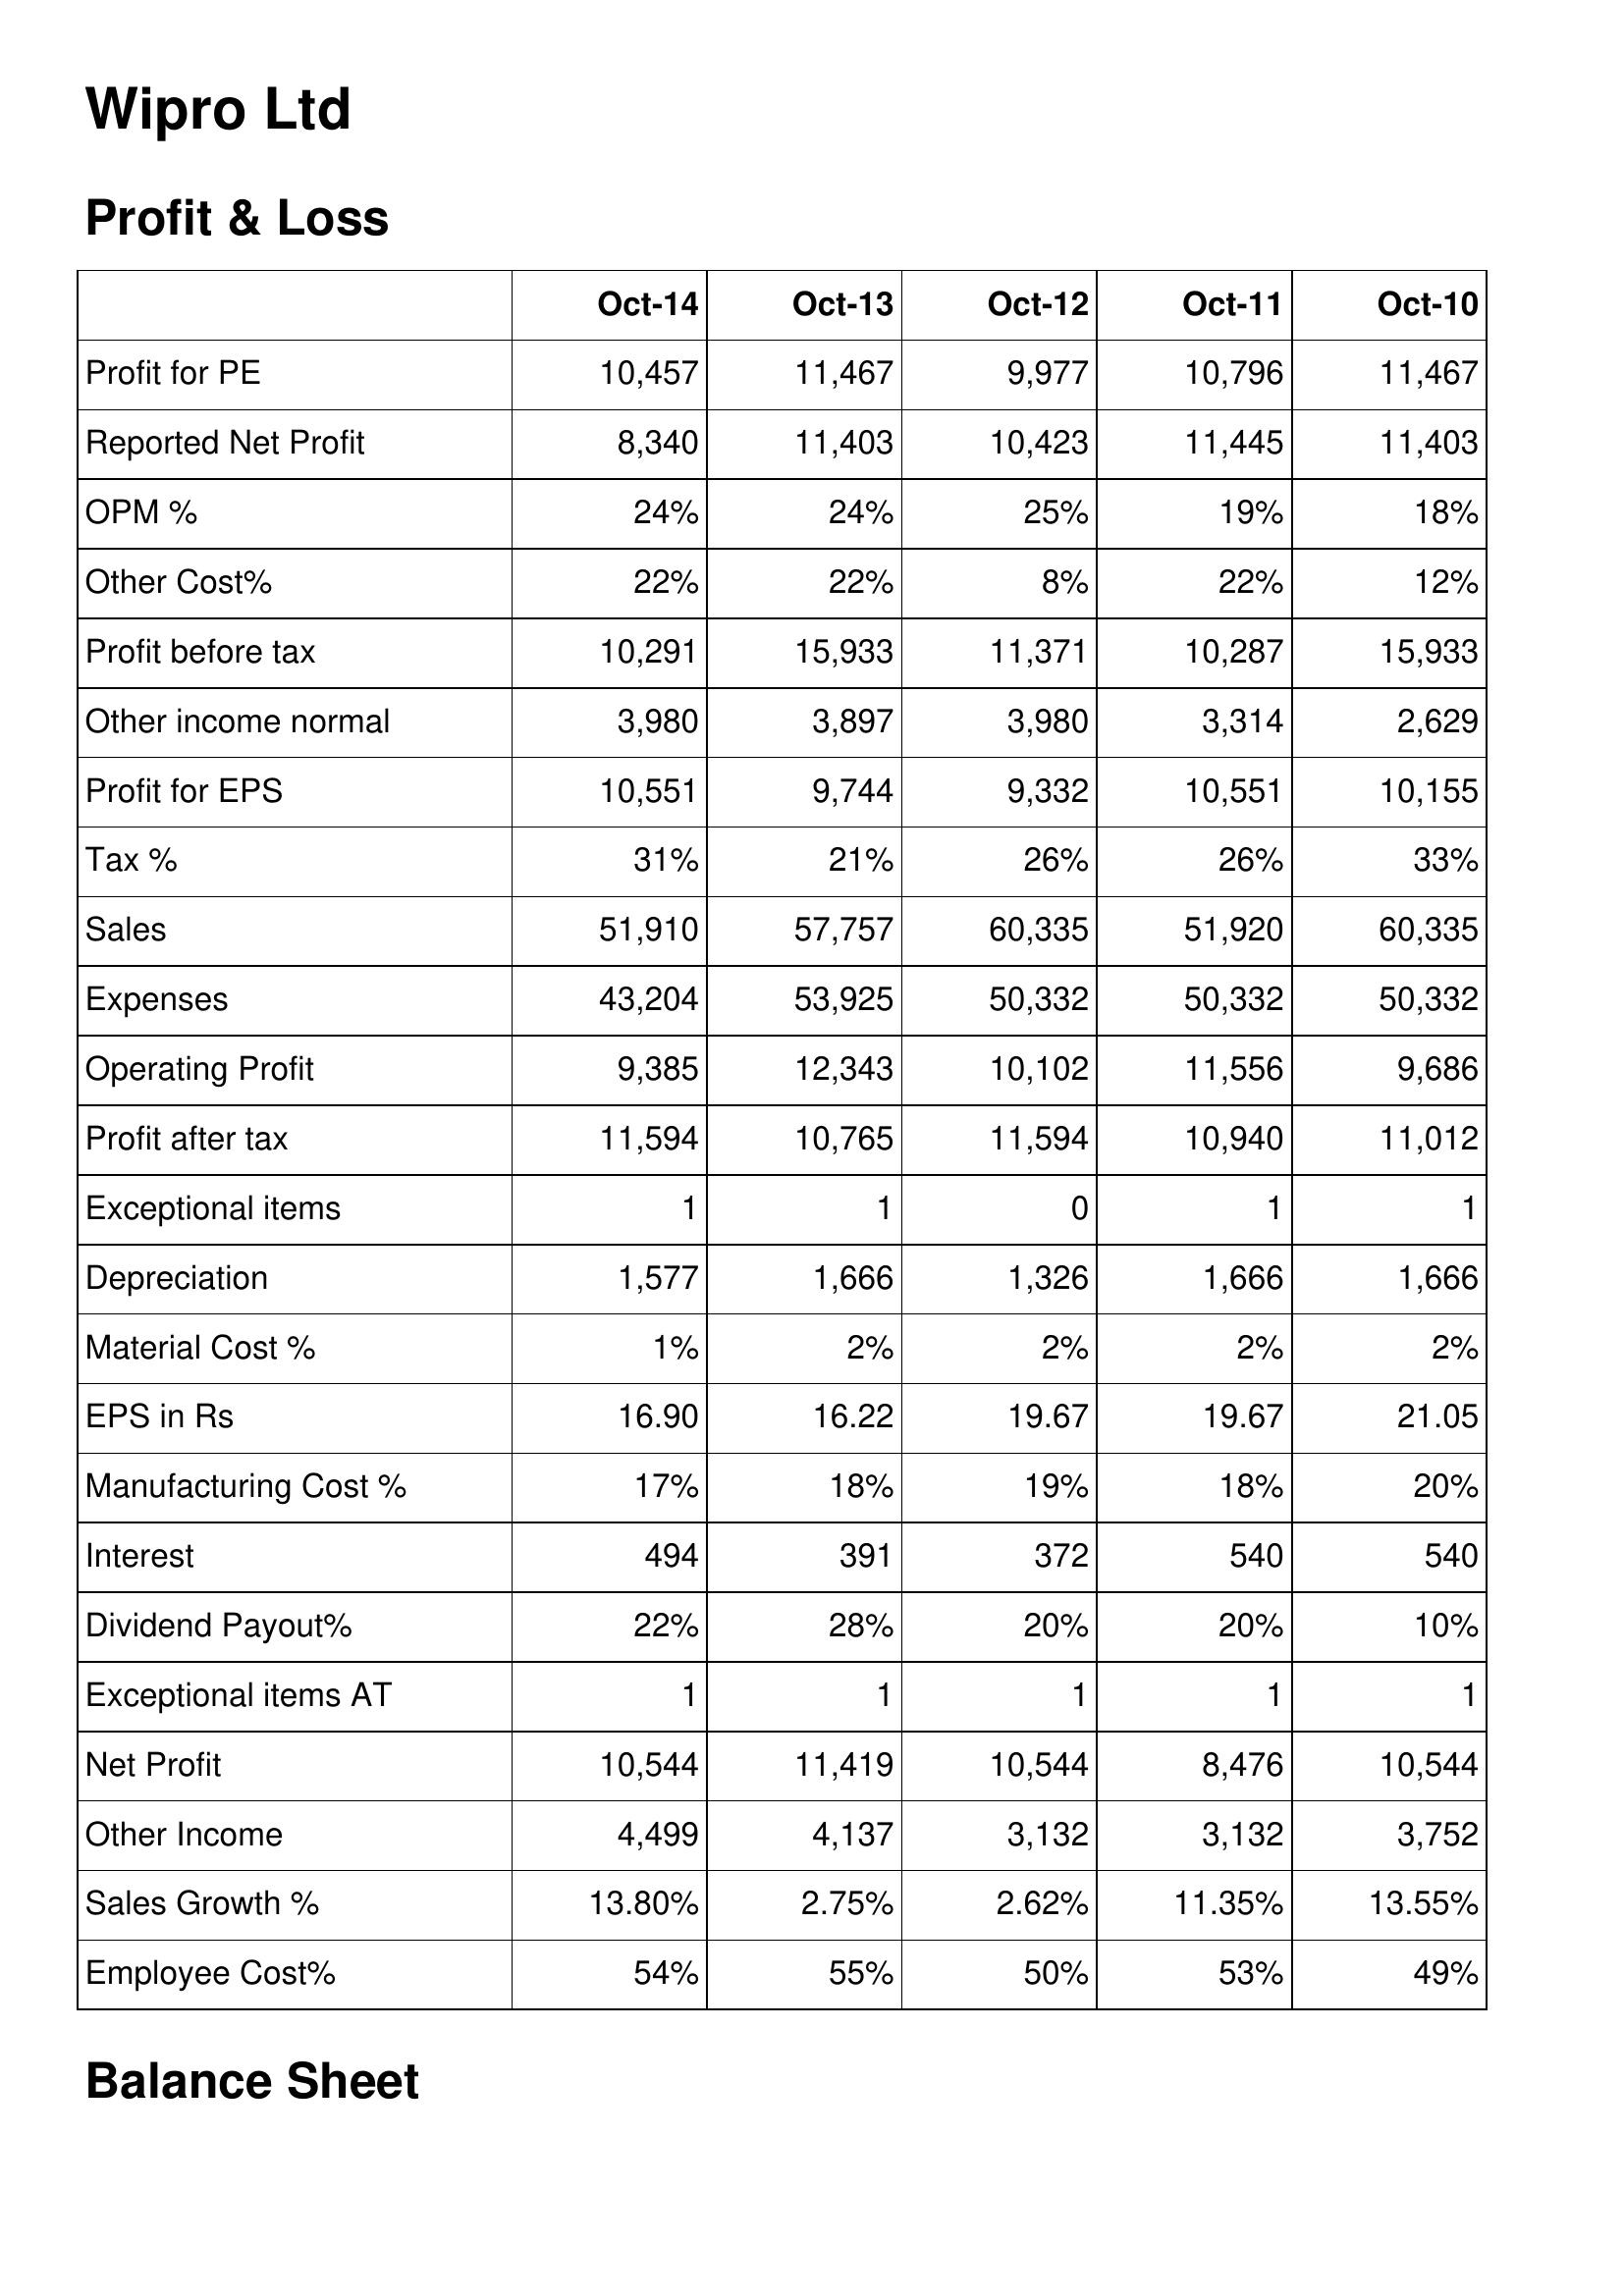
Oct-14: Profit & Loss: Profit for PE: 10,457
Reported Net Profit: 8,340
OPM %: 24%
Other Cost%: 22%
Profit before tax: 10,291
Other income normal: 3,980
Profit for EPS: 10,551
Tax %: 31%
Sales: 51,910
Expenses: 43,204
Operating Profit: 9,385
Profit after tax: 11,594
Exceptional items: 1
Depreciation: 1,577
Material Cost %: 1%
EPS in Rs: 16.90
Manufacturing Cost %: 17%
Interest: 494
Dividend Payout%: 22%
Exceptional items AT: 1
Net Profit: 10,544
Other Income: 4,499
Sales Growth %: 13.80%
Employee Cost%: 54%
Oct-13: Profit & Loss: Profit for PE: 11,467
Reported Net Profit: 11,403
OPM %: 24%
Other Cost%: 22%
Profit before tax: 15,933
Other income normal: 3,897
Profit for EPS: 9,744
Tax %: 21%
Sales: 57,757
Expenses: 53,925
Operating Profit: 12,343
Profit after tax: 10,765
Exceptional items: 1
Depreciation: 1,666
Material Cost %: 2%
EPS in Rs: 16.22
Manufacturing Cost %: 18%
Interest: 391
Dividend Payout%: 28%
Exceptional items AT: 1
Net Profit: 11,419
Other Income: 4,137
Sales Growth %: 2.75%
Employee Cost%: 55%
Oct-12: Profit & Loss: Profit for PE: 9,977
Reported Net Profit: 10,423
OPM %: 25%
Other Cost%: 8%
Profit before tax: 11,371
Other income normal: 3,980
Profit for EPS: 9,332
Tax %: 26%
Sales: 60,335
Expenses: 50,332
Operating Profit: 10,102
Profit after tax: 11,594
Exceptional items: 0
Depreciation: 1,326
Material Cost %: 2%
EPS in Rs: 19.67
Manufacturing Cost %: 19%
Interest: 372
Dividend Payout%: 20%
Exceptional items AT: 1
Net Profit: 10,544
Other Income: 3,132
Sales Growth %: 2.62%
Employee Cost%: 50%
Oct-11: Profit & Loss: Profit for PE: 10,796
Reported Net Profit: 11,445
OPM %: 19%
Other Cost%: 22%
Profit before tax: 10,287
Other income normal: 3,314
Profit for EPS: 10,551
Tax %: 26%
Sales: 51,920
Expenses: 50,332
Operating Profit: 11,556
Profit after tax: 10,940
Exceptional items: 1
Depreciation: 1,666
Material Cost %: 2%
EPS in Rs: 19.67
Manufacturing Cost %: 18%
Interest: 540
Dividend Payout%: 20%
Exceptional items AT: 1
Net Profit: 8,476
Other Income: 3,132
Sales Growth %: 11.35%
Employee Cost%: 53%
Oct-10: Profit & Loss: Profit for PE: 11,467
Reported Net Profit: 11,403
OPM %: 18%
Other Cost%: 12%
Profit before tax: 15,933
Other income normal: 2,629
Profit for EPS: 10,155
Tax %: 33%
Sales: 60,335
Expenses: 50,332
Operating Profit: 9,686
Profit after tax: 11,012
Exceptional items: 1
Depreciation: 1,666
Material Cost %: 2%
EPS in Rs: 21.05
Manufacturing Cost %: 20%
Interest: 540
Dividend Payout%: 10%
Exceptional items AT: 1
Net Profit: 10,544
Other Income: 3,752
Sales Growth %: 13.55%
Employee Cost%: 49%